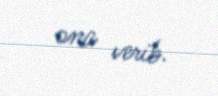
ona verib.